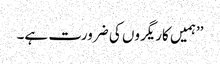
’’ہمیں کاریگروں کی ضرورت ہے۔